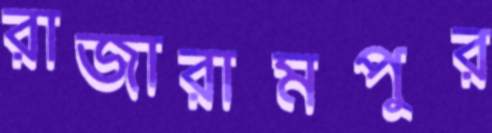
রাজারামপুর